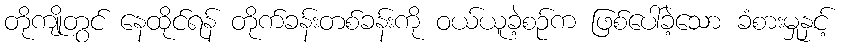
တိုကျိုတွင် နေထိုင်ရန် တိုက်ခန်းတစ်ခန်းကို ဝယ်ယူခဲ့စဉ်က ဖြစ်ပေါ်ခဲ့သော ခံစားမှုနှင့်